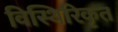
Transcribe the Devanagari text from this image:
विस्थिरिकृत